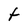
Character: t